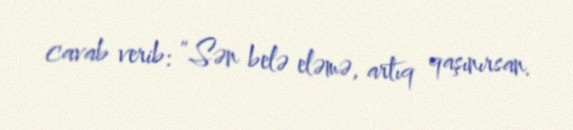
cavab verib: “Sən belə eləmə, artıq qaşınırsan.